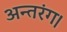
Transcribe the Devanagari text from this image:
अन्तरंग।